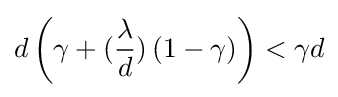
d\left(\gamma +({\dfrac {\lambda }{d}})\left(1-\gamma \right)\right)<\gamma d